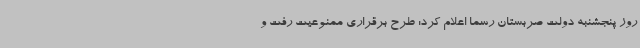
روز پنجشنبه دولت صربستان رسما اعلام کرد: طرح برقراری ممنوعیت رفت و